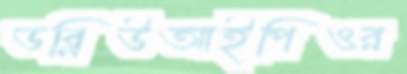
ডব্লিউআইপিওর